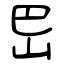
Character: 岊